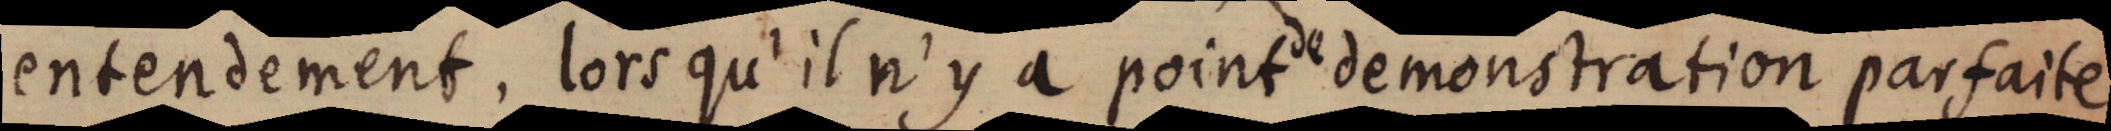
entendement. lors qu’il n’y a point de demonstration parfaite